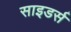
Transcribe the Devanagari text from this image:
साइडर्स